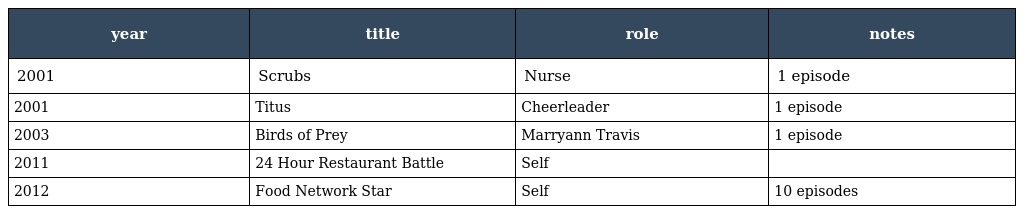
| year | title | role | notes |
 | --- | --- | --- | --- |
 | 2001 | Scrubs | Nurse | 1 episode |
 | 2001 | Titus | Cheerleader | 1 episode |
 | 2003 | Birds of Prey | Marryann Travis | 1 episode |
 | 2011 | 24 Hour Restaurant Battle | Self |  |
 | 2012 | Food Network Star | Self | 10 episodes |